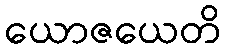
ယောဇယေတိ